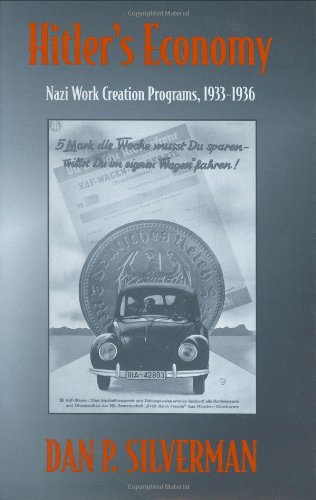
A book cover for Hitler's Economy: Nazi Work Creation Programs, 1933-1936; Dan P. Silverman; Business & Money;